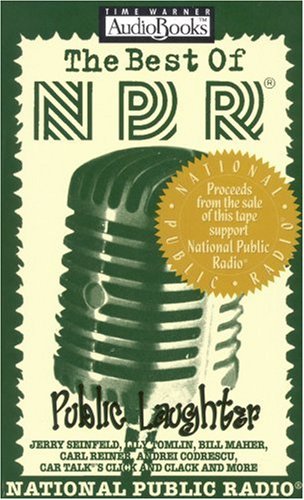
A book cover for The Best of NPR: Public Laughter; National Public Radio; Humor & Entertainment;